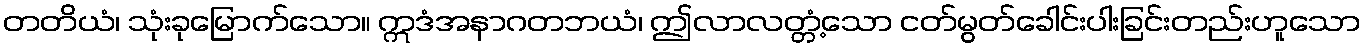
တတိယံ၊ သုံးခုမြောက်သော။ ဣဒံအနာဂတဘယံ၊ ဤလာလတ္တံ့သော ငတ်မွတ်ခေါင်းပါးခြင်းတည်းဟူသော